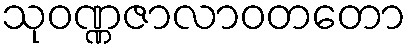
သုဝဏ္ဏဇာလာဝတတော